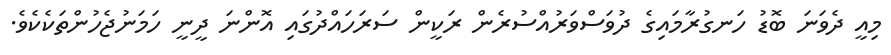
މިއީ ދެވަނަ ބޮޑު ހަނގުރާމައިގެ ދުވަސްވަރުއްސުރެން ރަކީން ސަރަހައްދުގައި އޮންނަ ދީނީ ހަމަނުޖެހުންތަކެކެވެ.